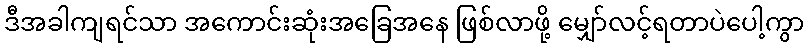
ဒီအခါကျရင်သာ အကောင်းဆုံးအခြေအနေ ဖြစ်လာဖို့ မျှော်လင့်ရတာပဲပေါ့ကွာ